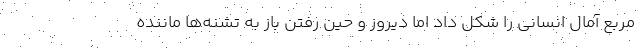
مربع آمال انسانی را شکل داد اما دیروز و حین رفتن باز به تشنه‌ها ماننده